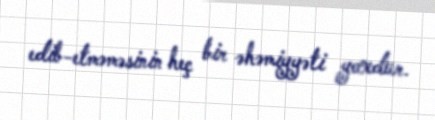
edib-etməməsinin heç bir əhəmiyyəti yoxdur.